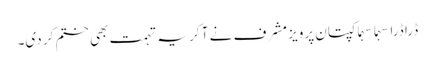
ڈرا ڈرا سہما سہما کپتان پرویز مشرف نے آ کر یہ تہمت بھی ختم کر دی۔